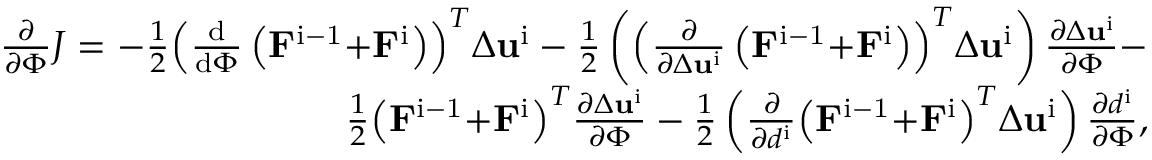
\begin{array} { r } { \frac { \partial } { \partial \Phi } J = - \frac { 1 } { 2 } { { \left( \frac { \mathrm { d } } { \mathrm { d } \Phi } \left( { { \mathbf { F } } ^ { \mathrm { i - 1 } } } \mathbf { + } { { \mathbf { F } } ^ { \mathrm { i } } } \right) \right) } ^ { T } } \Delta { { \mathbf { u } } ^ { \mathrm { i } } } - \frac { 1 } { 2 } \left( { { \left( \frac { \partial } { \partial \Delta { { \mathbf { u } } ^ { \mathrm { i } } } } \left( { { \mathbf { F } } ^ { \mathrm { i - 1 } } } \mathbf { + } { { \mathbf { F } } ^ { \mathrm { i } } } \right) \right) } ^ { T } } \Delta { { \mathbf { u } } ^ { \mathrm { i } } } \right) \frac { \partial \Delta { { \mathbf { u } } ^ { \mathrm { i } } } } { \partial \Phi } - } \\ { \frac { 1 } { 2 } { { \left( { { \mathbf { F } } ^ { \mathrm { i - 1 } } } \mathbf { + } { { \mathbf { F } } ^ { \mathrm { i } } } \right) } ^ { T } } \frac { \partial \Delta { { \mathbf { u } } ^ { \mathrm { i } } } } { \partial \Phi } - \frac { 1 } { 2 } \left( \frac { \partial } { \partial { { d } ^ { \mathrm { i } } } } { { \left( { { \mathbf { F } } ^ { \mathrm { i - 1 } } } \mathbf { + } { { \mathbf { F } } ^ { \mathrm { i } } } \right) } ^ { T } } \Delta { { \mathbf { u } } ^ { \mathrm { i } } } \right) \frac { \partial { { d } ^ { \mathrm { i } } } } { \partial \Phi } , } \end{array}